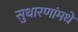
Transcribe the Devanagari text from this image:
सुधारणांमधे